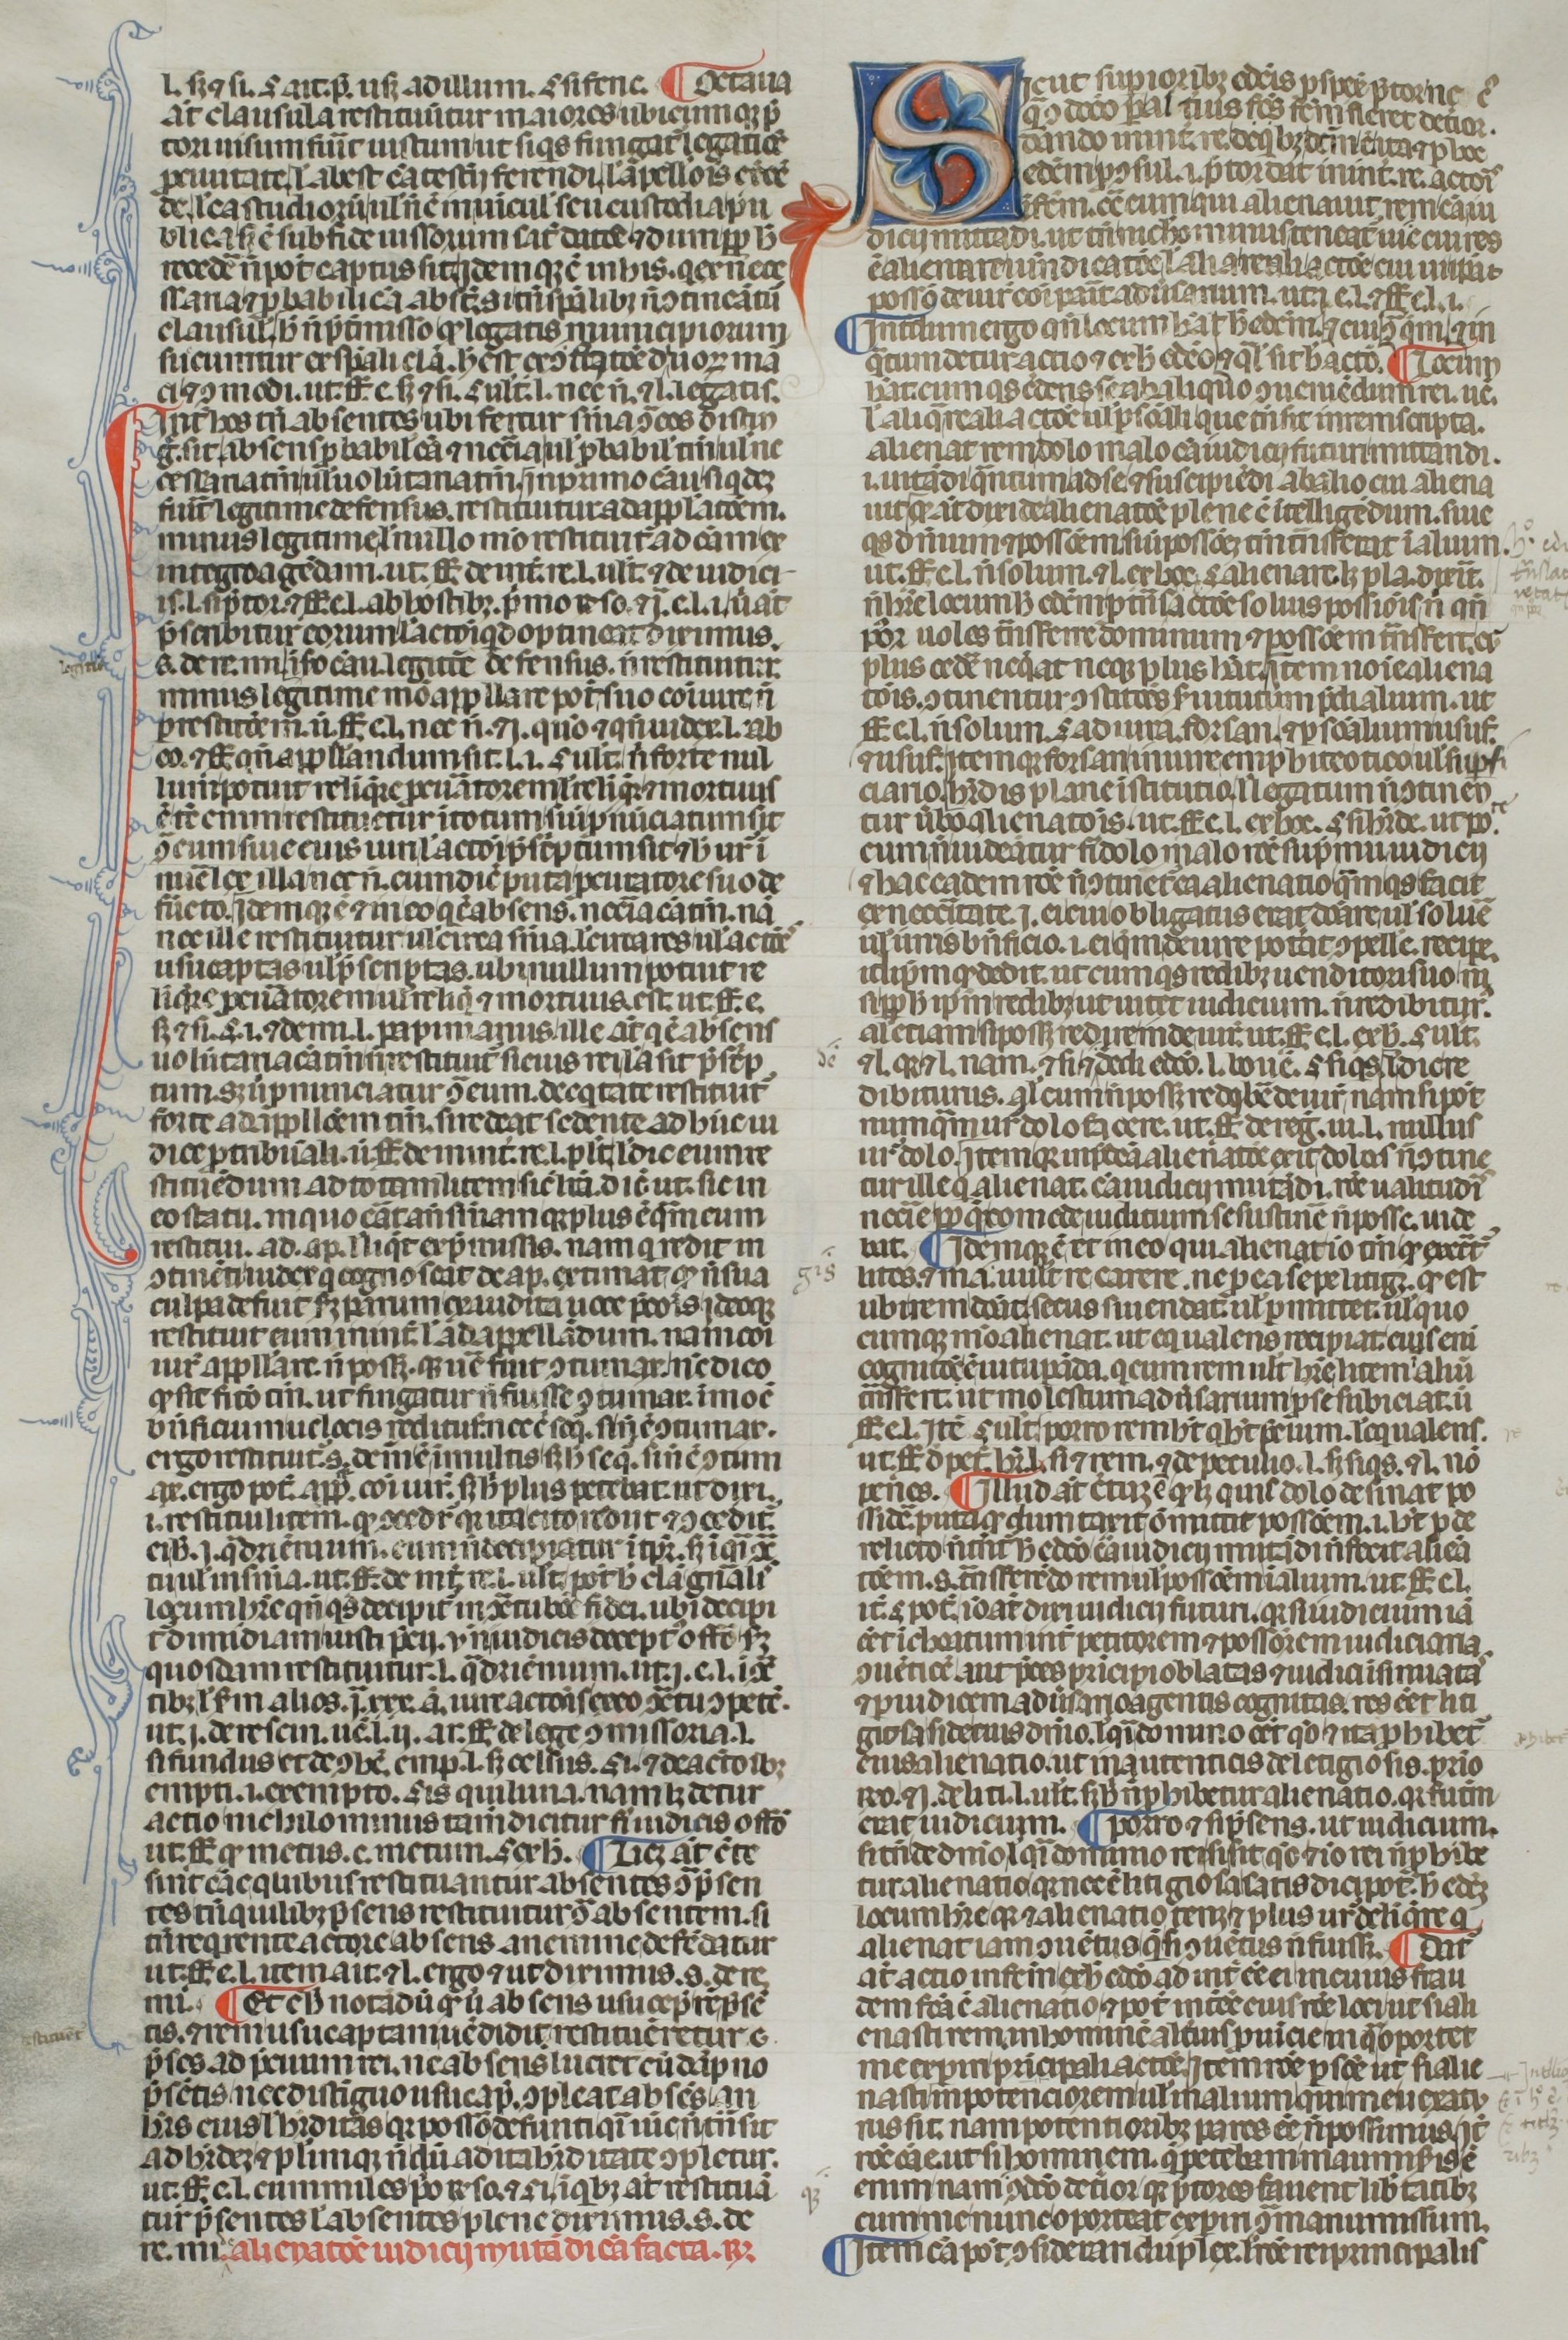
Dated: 1300–1399